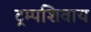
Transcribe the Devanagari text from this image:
ट्रम्पशिवाय